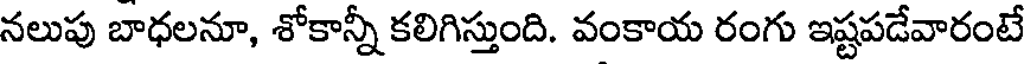
నలుపు బాధలనూ, శోకాన్నీ కలిగిస్తుంది. వంకాయ రంగు ఇష్టపడేవారంటే